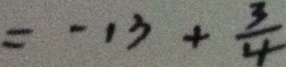
= - 1 3 + \frac { 3 } { 4 }